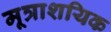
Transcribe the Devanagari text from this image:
मूत्राशयिक